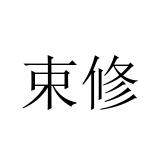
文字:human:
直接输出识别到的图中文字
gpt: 束修